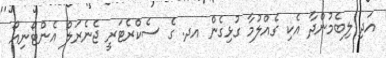
އަދި ލިބެމުންދާ އެކި ގެއްލުމާ ގުޅިގެން އދ. ގެ ސެކްރެޓަރީ ޖެނެރަލް އެންޓޯނިއޯ